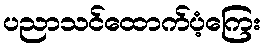
ပညာသင်ထောက်ပံ့ကြေး